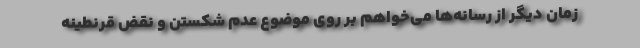
زمان دیگر از رسانه‌ها می‌خواهم بر روی موضوع عدم شکستن و نقض قرنطینه